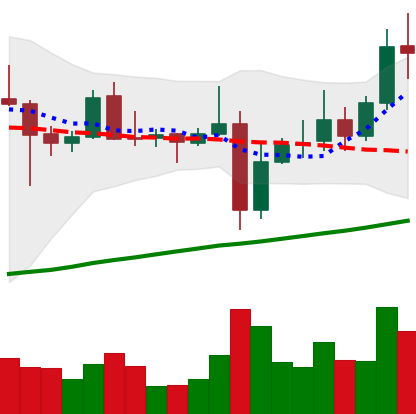
Ticker: XRP-USD
Chart end date: 2021-11-04
Forward return: 4.736%
Label: up_3_5